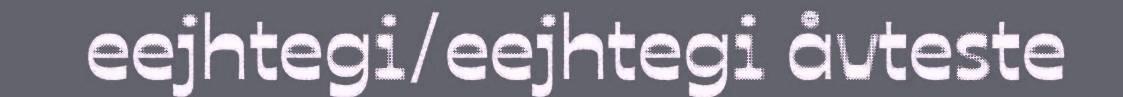
eejhtegi/eejhtegi åvteste